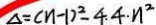
\Delta = ( n - 1 ) ^ { 2 } - 4 \cdot 4 \cdot n ^ { 2 }